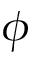
\phi